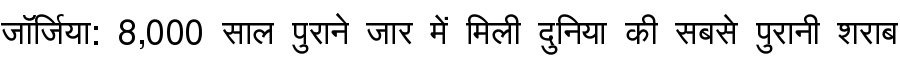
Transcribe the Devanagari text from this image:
जॉर्जिया: 8,000 साल पुराने जार में मिली दुनिया की सबसे पुरानी शराब